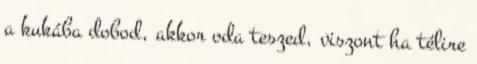
a kukába dobod, akkor oda teszed, viszont ha télire